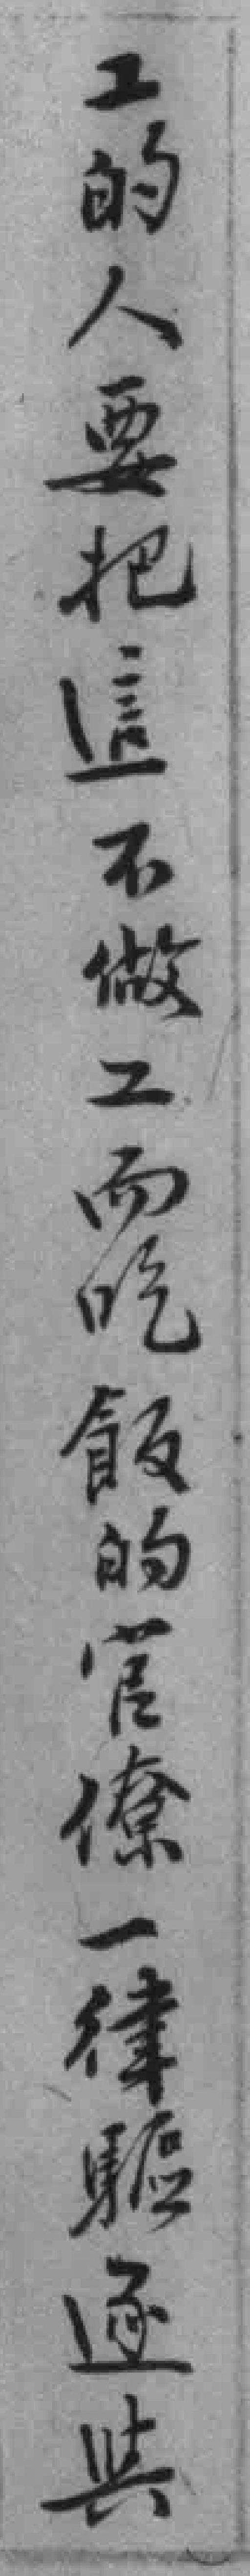
工的人要把這不做工而吃飯的官僚一律驅逐舆